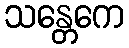
သန္တေကေ